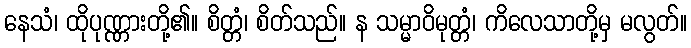
နေသံ၊ ထိုပုဏ္ဏားတို့၏။ စိတ္တံ၊ စိတ်သည်။ န သမ္မာဝိမုတ္တံ၊ ကိလေသာတို့မှ မလွတ်။